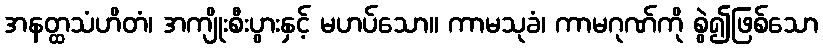
အနတ္ထသံဟိတံ၊ အကျိုးစီးပွားနှင့် မဟပ်သော။ ကာမသုခံ၊ ကာမဂုဏ်ကို စွဲ၍ဖြစ်သော